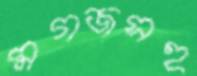
মগজসহ